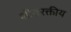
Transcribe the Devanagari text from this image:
शीतरक्तीय